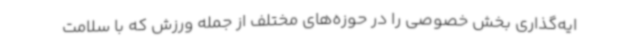
ایه‌گذاری بخش خصوصی را در حوزه‌های مختلف از جمله ورزش که با سلامت